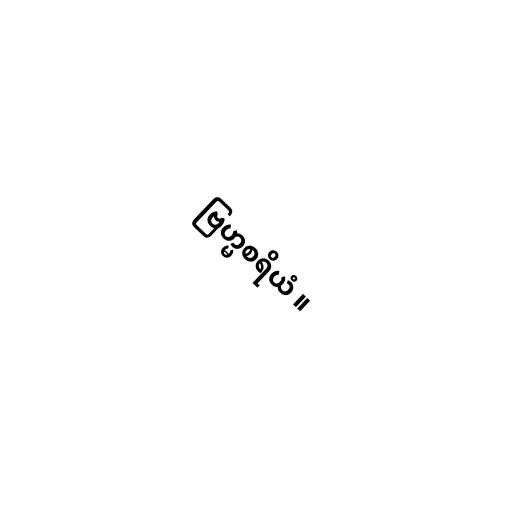
ဗြဟ္မစရိယံ ။